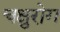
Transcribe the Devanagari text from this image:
चक्षुरोग